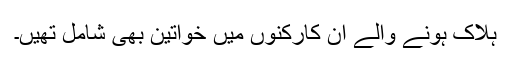
ہلاک ہونے والے ان کارکنوں میں خواتین بھی شامل تھیں۔